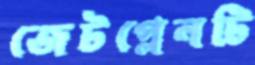
জেটপ্লেনটি